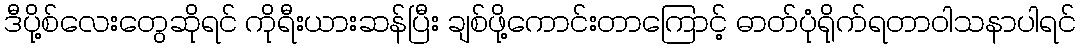
ဒီပို့စ်လေးတွေဆိုရင် ကိုရီးယားဆန်ပြီး ချစ်ဖို့ကောင်းတာကြောင့် ဓာတ်ပုံရိုက်ရတာဝါသနာပါရင်